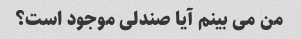
من می بینم آیا صندلی موجود است؟